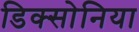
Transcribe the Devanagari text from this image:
डिक्सोनिया